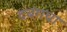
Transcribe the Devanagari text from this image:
दबंगचा